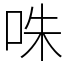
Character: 咮